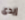
إيدى